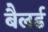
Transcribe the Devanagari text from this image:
बैलर्ड